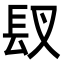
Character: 𮣸